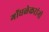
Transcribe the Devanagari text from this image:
गोंधळेकरांनी